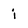
Character: i